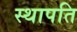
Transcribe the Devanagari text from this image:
स्‍थापति